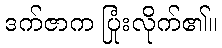
ဒက်ဇာက ပြုံးလိုက်၏။